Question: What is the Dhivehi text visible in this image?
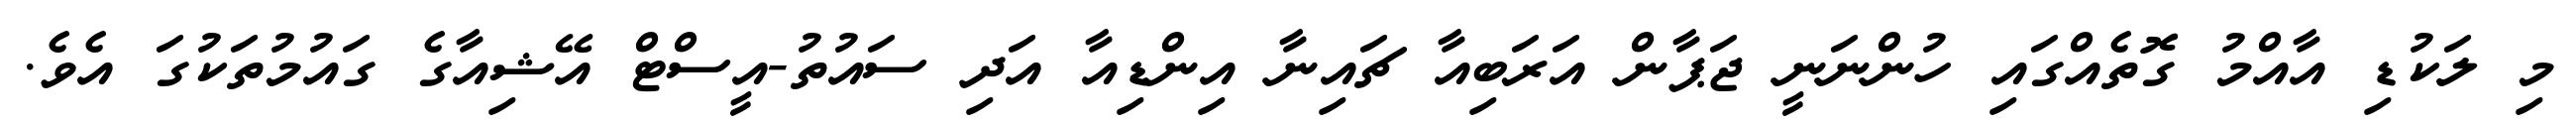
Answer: މި ލަކުޑި އާއްމު ގޮތެއްގައި ހުންނަނީ ޖަޕާން އަރަބިއާ ޗައިނާ އިންޑިއާ އަދި ސައުތު-އީސްޓް އޭޝިއާގެ ގައުމުތަކުގަ އެވެ.